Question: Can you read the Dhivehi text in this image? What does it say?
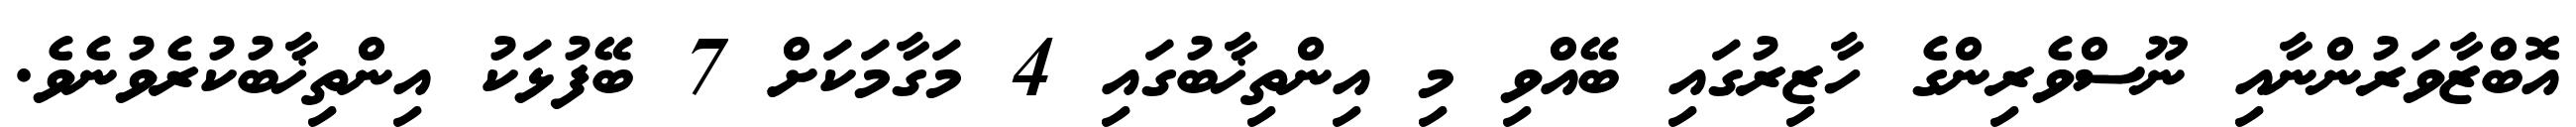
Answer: އޮބްޒާވަރުންނާއި ނޫސްވެރިންގެ ހާޒިރުގައި ބޭއްވި މި އިންތިޚާބުގައި 4 މަގާމަކަށް 7 ބޭފުޅަކު އިންތިޚާބުކުރެވުނެވެ.